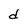
Character: d